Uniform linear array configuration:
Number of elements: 12
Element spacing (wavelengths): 0.25
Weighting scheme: binomial
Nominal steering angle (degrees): -45
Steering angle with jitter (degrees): -46.833
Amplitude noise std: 0.05
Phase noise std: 0.05

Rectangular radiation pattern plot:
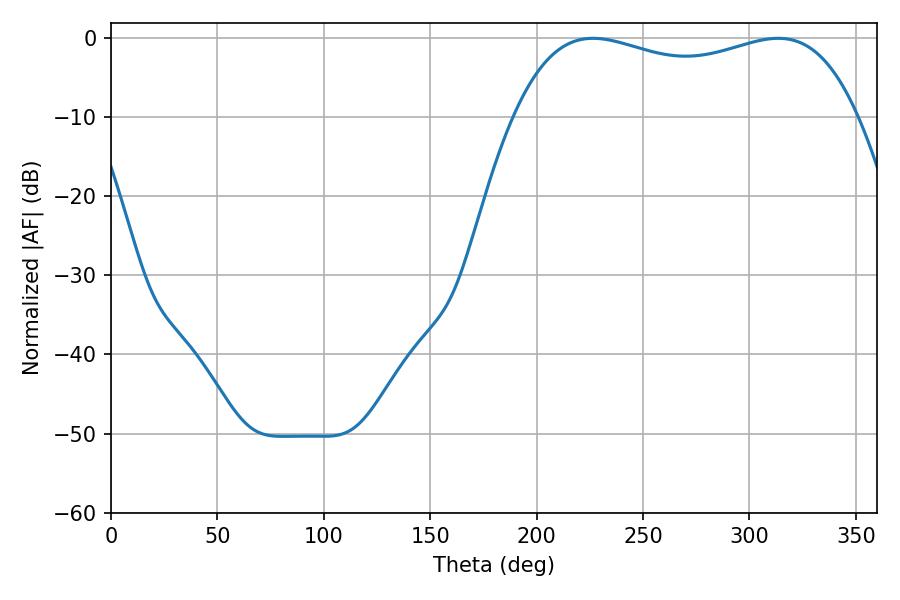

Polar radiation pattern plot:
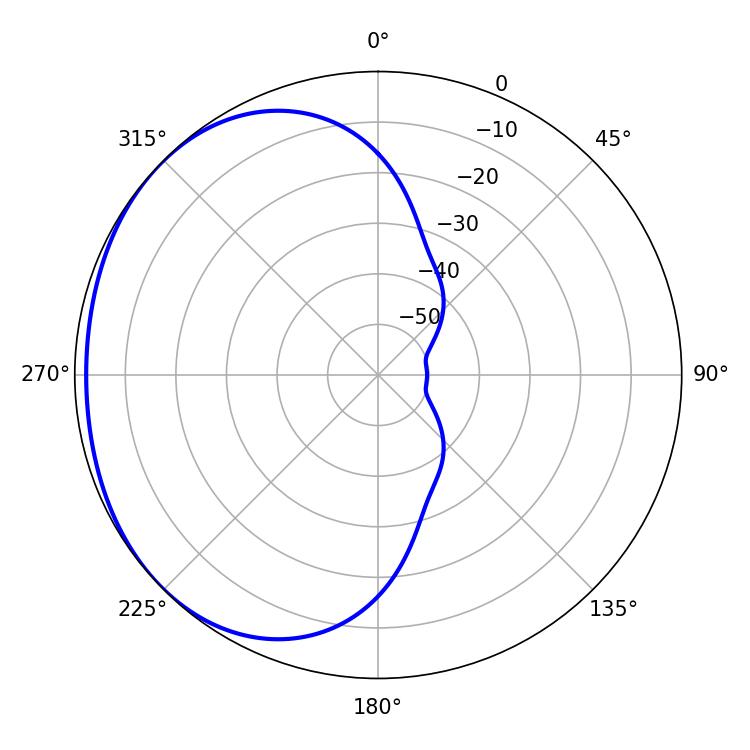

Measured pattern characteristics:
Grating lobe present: FALSE
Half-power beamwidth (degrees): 131.76
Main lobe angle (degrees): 226.44